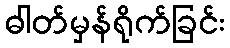
ဓါတ်မှန်ရိုက်ခြင်း